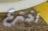
اخترع